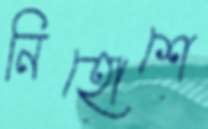
নিহোশে